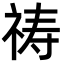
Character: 祷